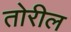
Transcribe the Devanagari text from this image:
तोरील